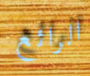
الرائع